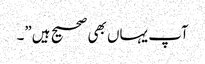
آپ یہاں بھی صحیح ہیں”۔